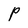
Character: P